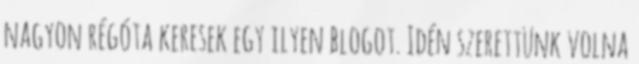
nagyon régóta keresek egy ilyen blogot. Idén szerettünk volna